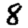
Digit: 8